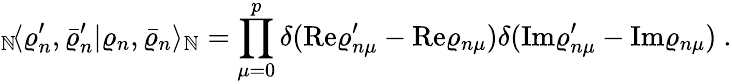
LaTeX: {}_{\mathbb{N}}\! \langle\varrho_{n}^{\prime},\bar{{\varrho}}_{n}^{\prime}|\varrho_{n},\bar{{\varrho}}_{n}\rangle_{\mathbb{N}}=\prod_{\mu=0}^{p}\delta(\mathrm{{Re}}\varrho_{n\mu}^{\prime}-\mathrm{{Re}}\varrho_{n\mu})\delta(\mathrm{{Im}}\varrho_{n\mu}^{\prime}-\mathrm{{Im}}\varrho_{n\mu})~.